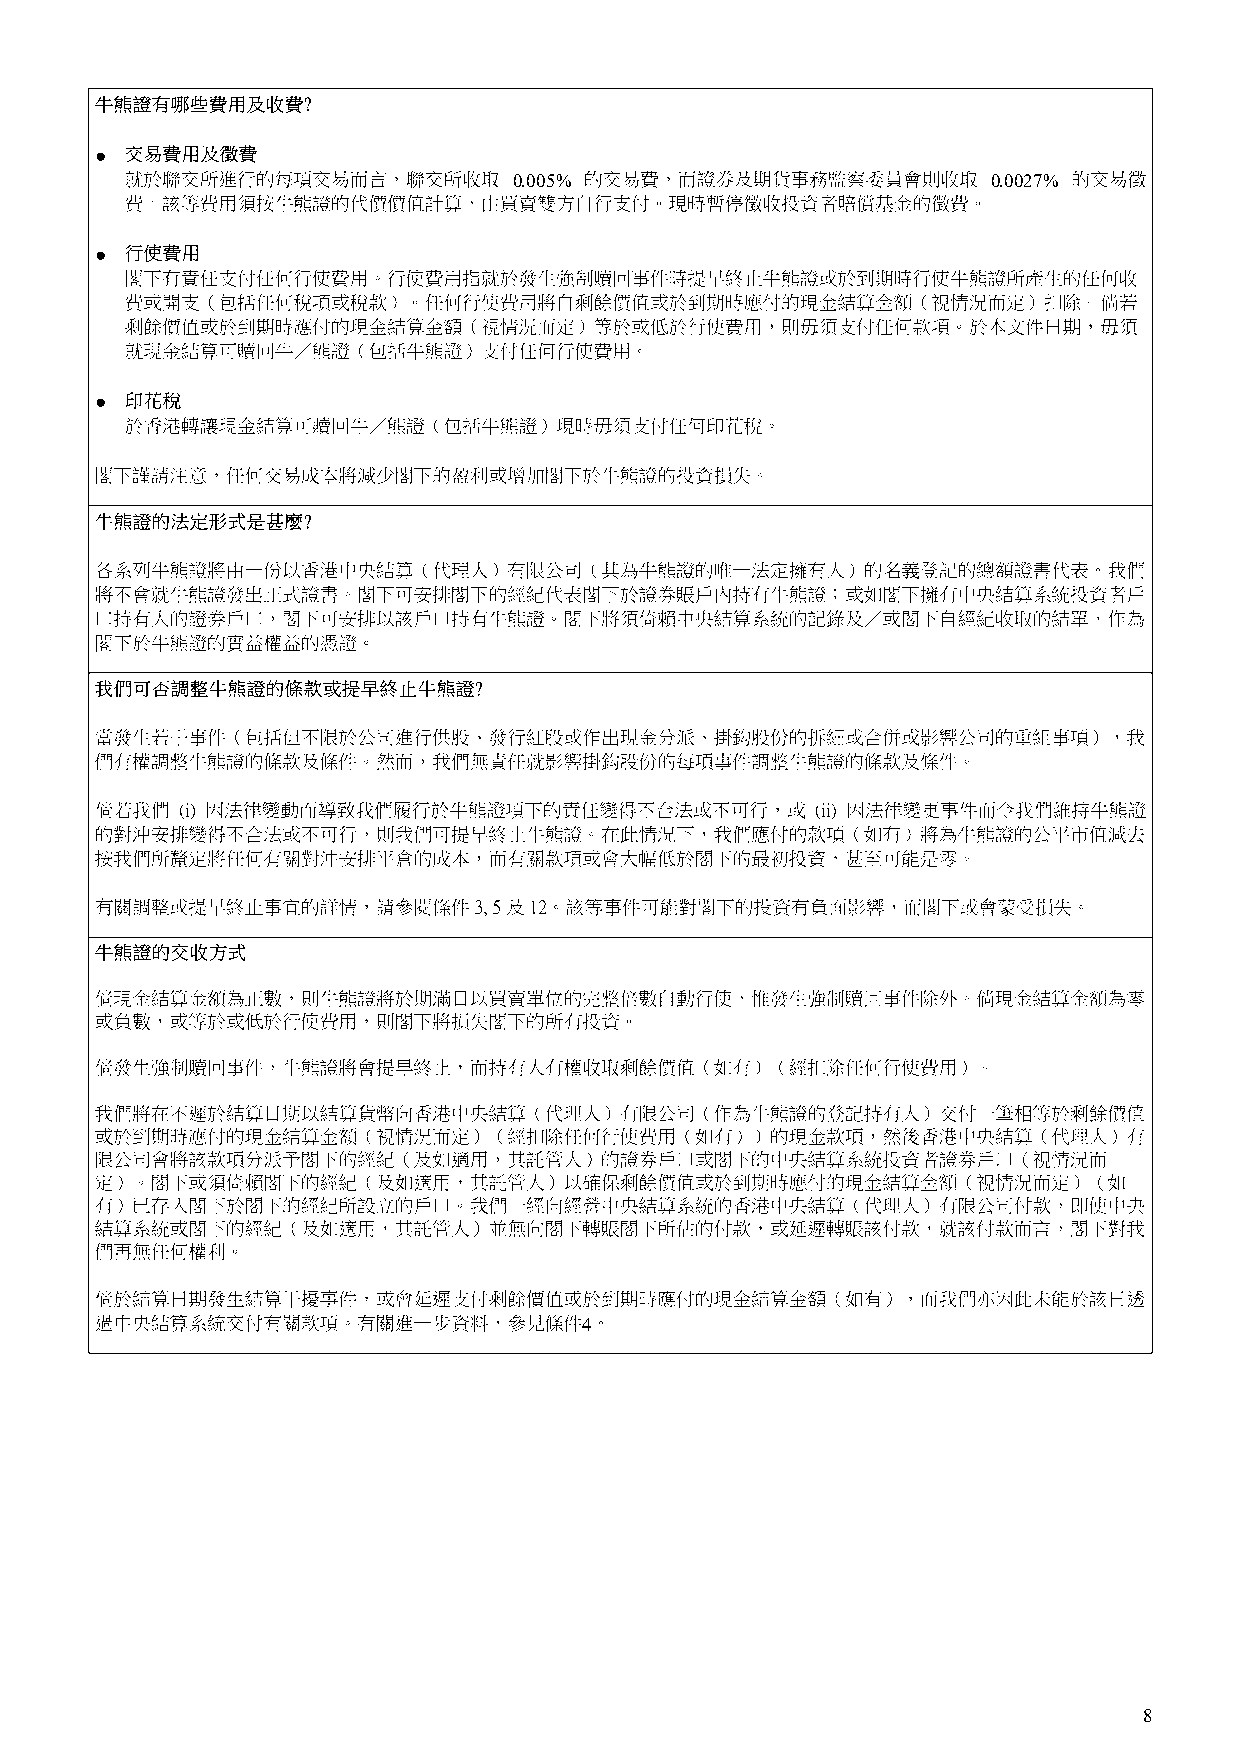
●
 0.005%                          0.0027%
 ●
 ●
 4
 8